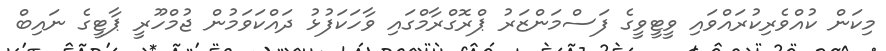
މިކަން ކުއްވެރިކުރައްވައި ވީޓީވީގެ ފަސްމަންޒަރު ޕްރޮގްރާމްގައި ވާހަކަފުޅު ދައްކަވަމުން ޖުމްހޫރީ ޕާޓީގެ ނައިބް